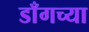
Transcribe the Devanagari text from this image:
डाँगच्या